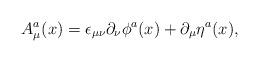
\begin{align*}A_\mu^a(x)=\epsilon_{\mu\nu}\partial_{\nu}\phi^a(x)+ \partial_\mu\eta^a(x),\end{align*}